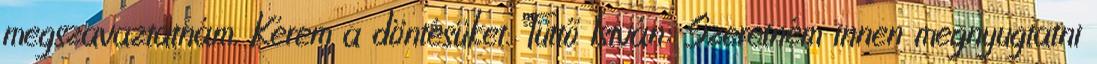
megszavaztatnám. Kérem a döntésüket. Tüttő István: Szeretném innen megnyugtatni